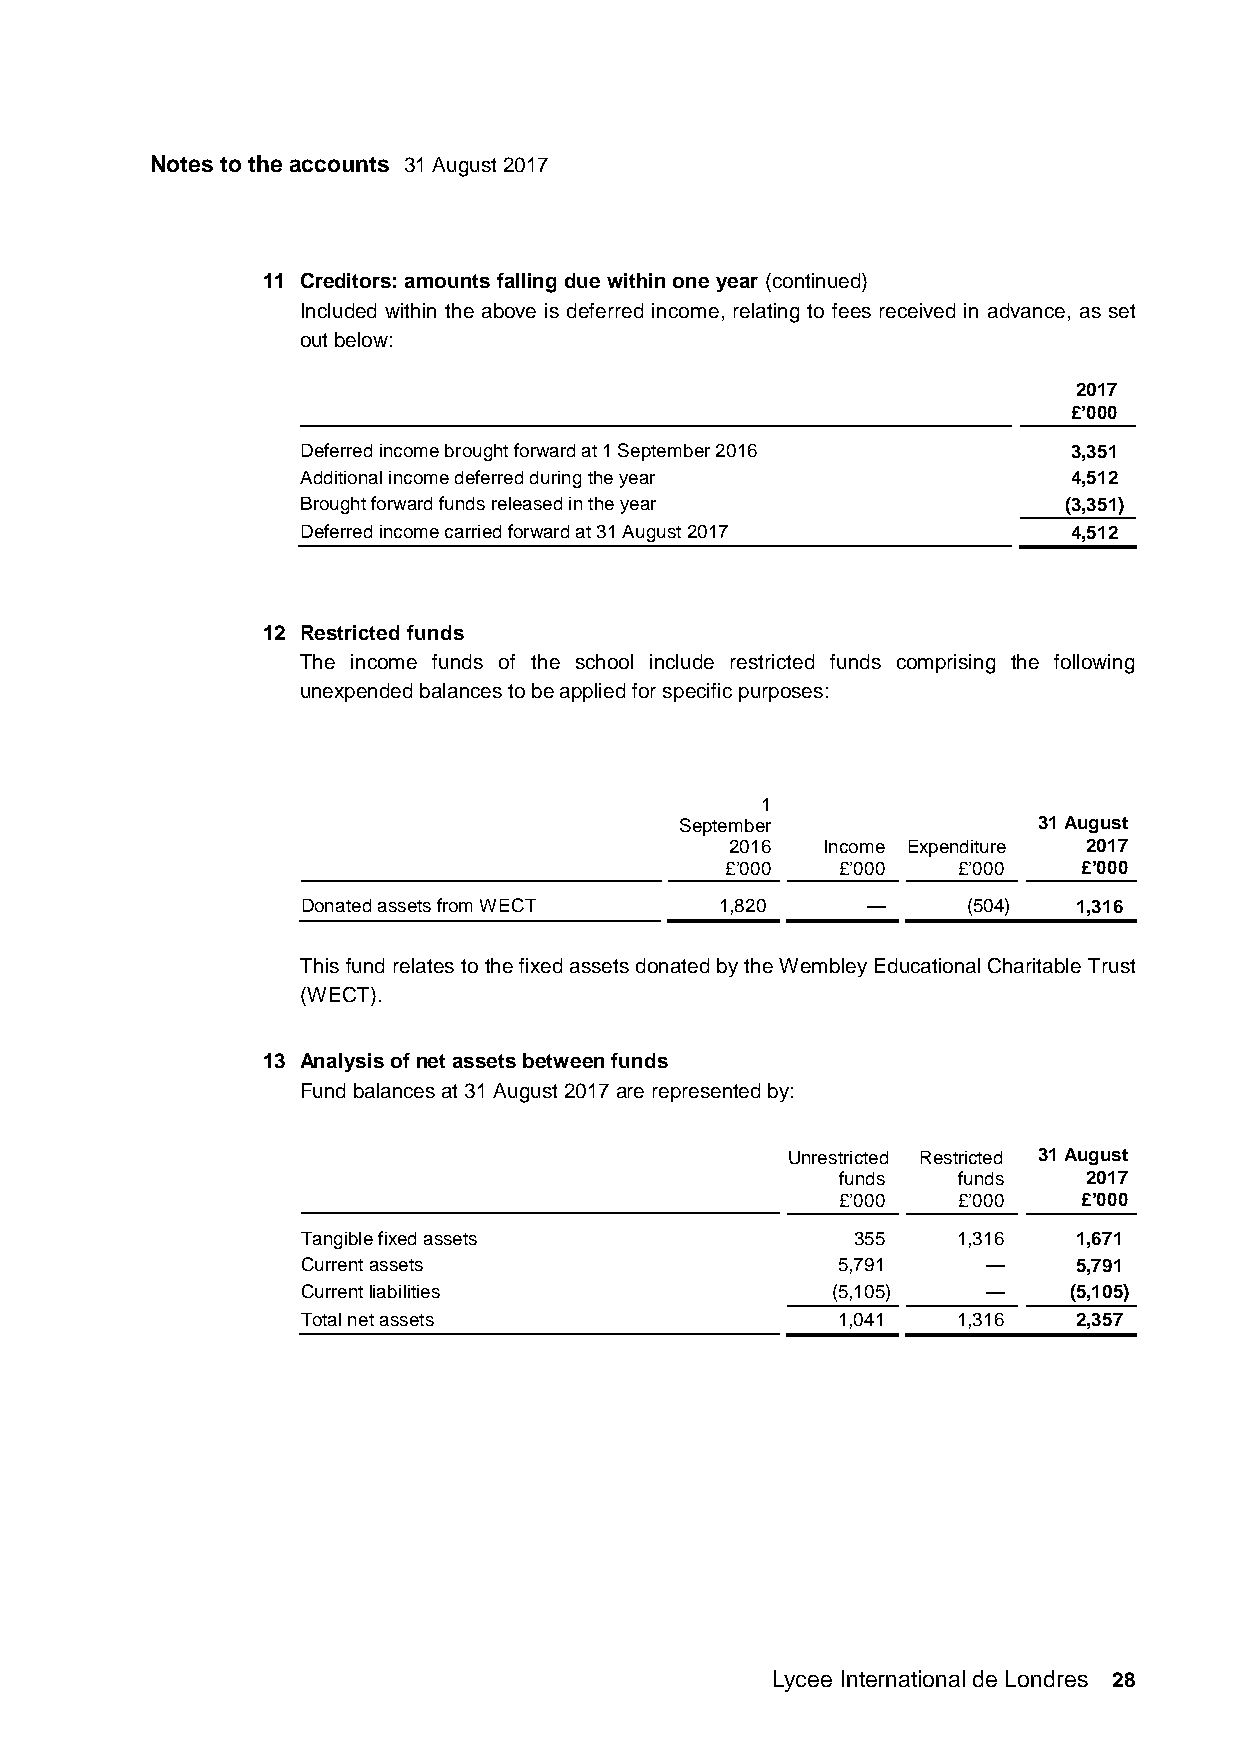
Notes to the accounts 31 August 2017
 11 Creditors: amounts falling due within one year (continued)
 Included within the above is deferred income, relating to fees received in advance, as set
 out below:
 2017
 £’000
 Deferred income brought forward at 1 September 2016 3,351
 Additional income deferred during the year         4,512
 Brought forward funds released in the year        (3,351)
 Deferred income carried forward at 31 August 2017  4,512
 12 Restricted funds
 The income funds of the school include restricted funds comprising the following
 unexpended balances to be applied for specific purposes:
 1
 September               31 August
 2016  Income Expenditure 2017
 £’000   £’000  £’000    £’000
 Donated assets from WECT    1,820    —      (504)  1,316
 This fund relates to the fixed assets donated by the Wembley Educational Charitable Trust
 (WECT).
 13 Analysis of net assets between funds
 Fund balances at 31 August 2017 are represented by:
 Unrestricted Restricted 31 August
 funds  funds    2017
 £’000  £’000    £’000
 Tangible fixed assets                355   1,316   1,671
 Current assets                     5,791     —     5,791
 Current liabilities                (5,105)   —     (5,105)
 Total net assets                   1,041   1,316   2,357
 Lycee International de Londres 28